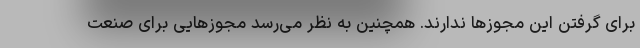
برای گرفتن این مجوزها ندارند. همچنین به نظر می‌رسد مجوزهایی برای صنعت